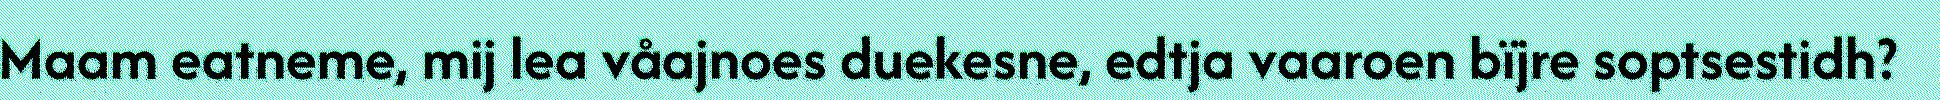
Maam eatneme, mij lea våajnoes duekesne, edtja vaaroen bïjre soptsestidh?